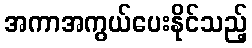
အကာအကွယ်ပေးနိုင်သည့်